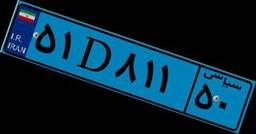
۶۰D۱۳۲۸۱